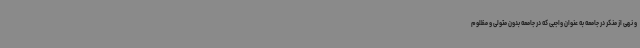
و نهی از منکر در جامعه به عنوان واجبی که در جامعه بدون متولی و مظلوم